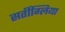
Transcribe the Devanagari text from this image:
सर्तीग्लिया